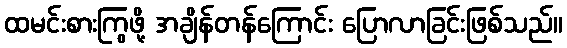
ထမင်းစားကြွဖို့ အချိန်တန်ကြောင်း ပြောလာခြင်းဖြစ်သည်။